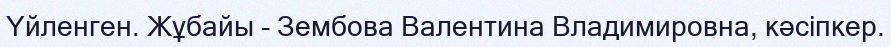
Үйленген. Жұбайы - Зембова Валентина Владимировна, кәсіпкер.